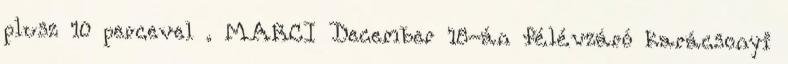
plusz 10 percevel . MARCI December 18-án félévzáró karácsonyi